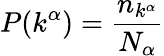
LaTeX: \displaystyle P(k^{\alpha})=\frac{n_{k^{\alpha}}}{N_{\alpha}}